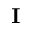
\bf { I }